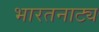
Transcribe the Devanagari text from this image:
भारतनाट्य